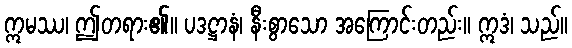
ဣမဿ၊ ဤတရား၏။ ပဒဋ္ဌာနံ၊ နီးစွာသော အကြောင်းတည်း။ ဣဒံ၊ သည်။